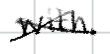
Text: with
Cross-out: cross
Writing tool: digital_black